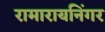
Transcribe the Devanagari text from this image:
रामारायनिंगर